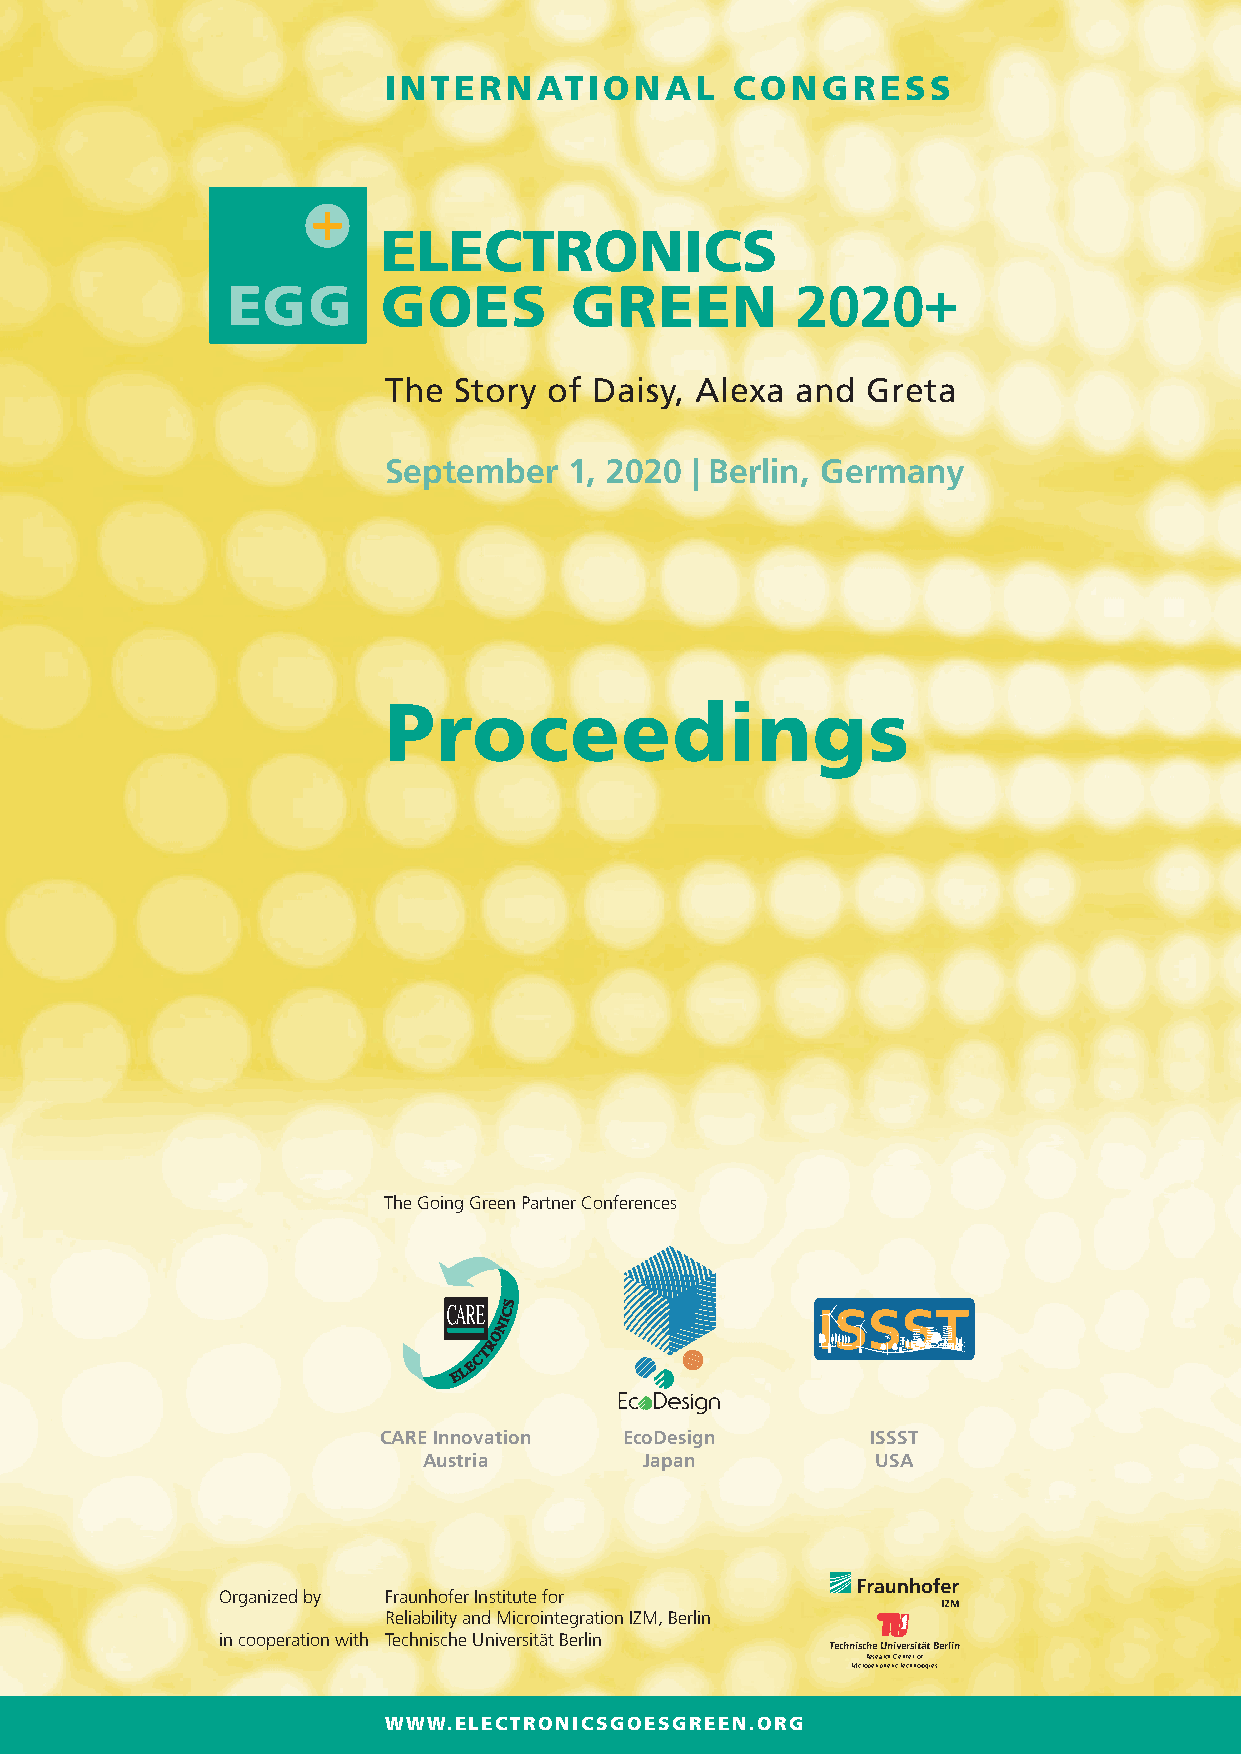
INTERNATIONAL           CONGRESS
 The  Story of Daisy, Alexa  and Greta
 September    1, 2020 | Berlin, Germany
 Proceedings
 The Going Green Partner Conferences
 CARE Innovation EcoDesign        ISSST
 Austria        Japan          USA
 Organized by Fraunhofer Institute for
 Reliability and Microintegration IZM, Berlin
 in cooperation with Technische Universität Berlin
 Technische Universität Berlin
 Research Center of
 Microperipheric Technologies
 WWW.ELECTRONICSGOESGREEN.ORG